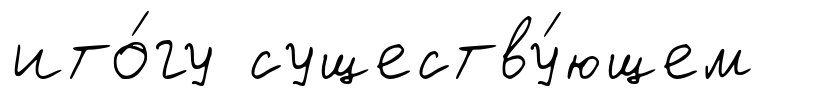
ито́гу существу́ющем